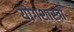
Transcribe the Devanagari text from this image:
योगशास्त्रों